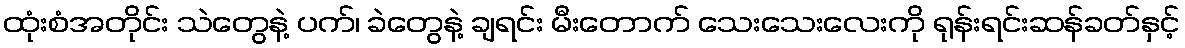
ထုံးစံအတိုင်း သဲတွေနဲ့ ပက်၊ ခဲတွေနဲ့ ချရင်း မီးတောက် သေးသေးလေးကို ရုန်းရင်းဆန်ခတ်နှင့်